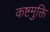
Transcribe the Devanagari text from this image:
कष्टमुक्ति